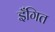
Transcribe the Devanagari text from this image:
इँगित